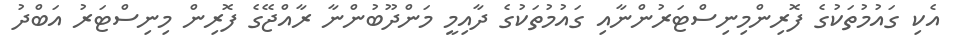
އެކި ގައުމުތަކުގެ ފޮރިންމިނިސްޓަރުންނާއި ގައުމުތަކުގެ ދާއިމީ މަންދޫބުންނާ ރާއްޖޭގެ ފޮރިން މިނިސްޓަރު އަބްދު